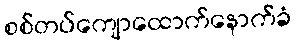
စစ်တပ်ကျောထောက်နောက်ခံ